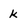
Character: K